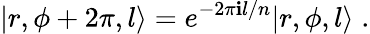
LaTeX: |r,\phi+2\pi,l\rangle=e^{-2\pi\mathbf{i}l/n}|r,\phi,l\rangle\; .